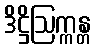
ဒိဋ္ဌိဩက္ကန္တ